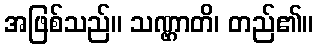
အဖြစ်သည်။ သဏ္ဌာတိ၊ တည်၏။